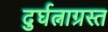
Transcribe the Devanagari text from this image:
दुर्घत्नाग्रस्त